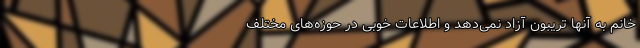
خانم به آنها تریبون آزاد نمی‌دهد و اطلاعات خوبی در حوزه‌های مختلف